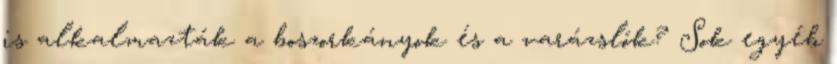
is alkalmazták a boszorkányok és a varázslók? Sok egyéb